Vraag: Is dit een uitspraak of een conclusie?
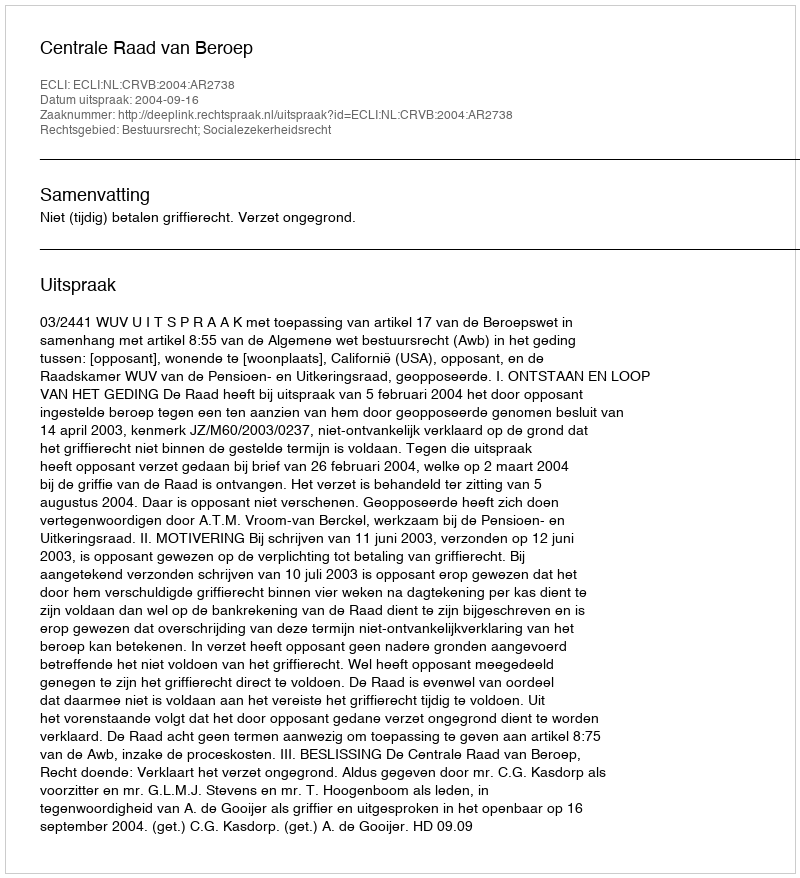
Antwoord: Uitspraak